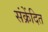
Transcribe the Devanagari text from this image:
संक्रेंदित